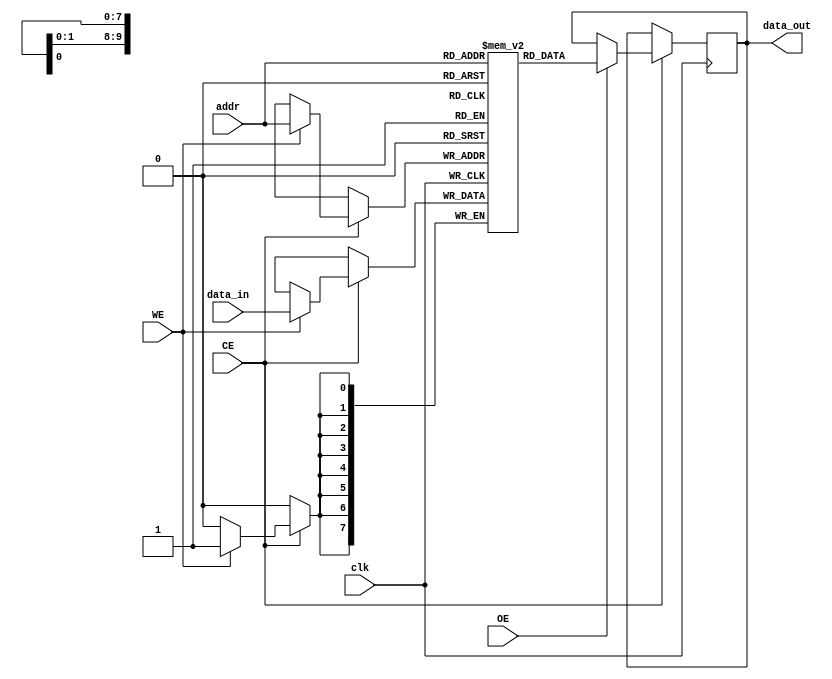
module low_power_sram #(
    parameter ADDR_WIDTH = 10, // Address width (for 1K, 4K, 16K bits)
    parameter DATA_WIDTH = 8    // Data width (8 bits)
)(
    input wire clk,             // Clock signal
    input wire CE,              // Chip Enable
    input wire WE,              // Write Enable
    input wire OE,              // Output Enable
    input wire [ADDR_WIDTH-1:0] addr, // Address input
    input wire [DATA_WIDTH-1:0] data_in, // Data input
    output reg [DATA_WIDTH-1:0] data_out // Data output
);

    // Memory array declaration
    reg [DATA_WIDTH-1:0] memory [(2**ADDR_WIDTH)-1:0];

    // Read and Write operations
    always @(posedge clk) begin
        if (CE) begin
            if (WE) begin
                // Write operation
                memory[addr] <= data_in;
            end
            if (OE) begin
                // Read operation
                data_out <= memory[addr];
            end
        end
    end

    // Optional: Power-saving features can be implemented here
    // For example, sleep mode or clock gating can be added based on specific conditions

endmodule